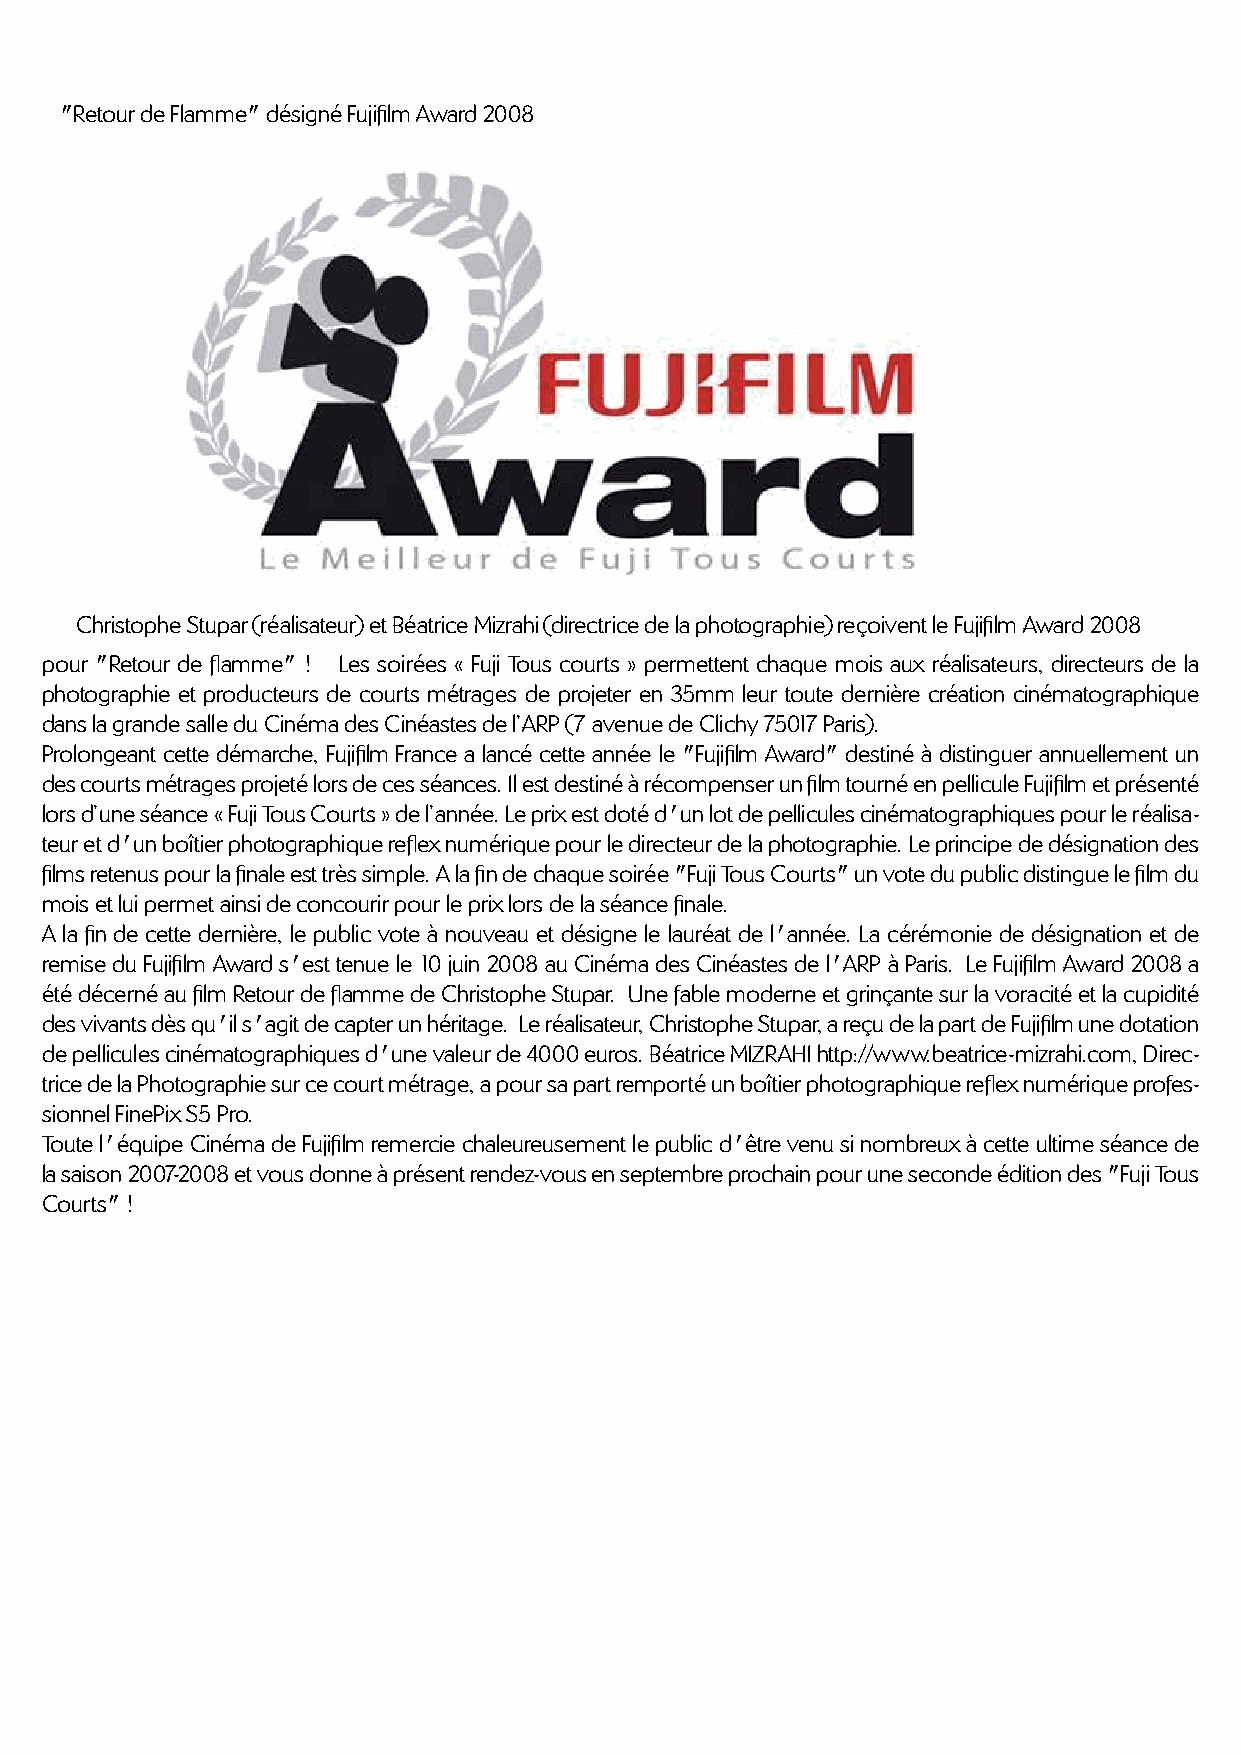
"Retour de Flamme" désigné Fujifilm Award 2008
 Christophe Stupar (réalisateur) et Béatrice Mizrahi (directrice de la photographie) reçoivent le Fujifilm Award 2008
 pour "Retour de flamme" ! Les soirées « Fuji Tous courts » permettent chaque mois aux réalisateurs, directeurs de la
 photographie et producteurs de courts métrages de projeter en 35mm leur toute dernière création cinématographique
 dans la grande salle du Cinéma des Cinéastes de l’ARP (7 avenue de Clichy 75017 Paris).
 Prolongeant cette démarche, Fujifilm France a lancé cette année le "Fujifilm Award" destiné à distinguer annuellement un
 des courts métrages projeté lors de ces séances. Il est destiné à récompenser un film tourné en pellicule Fujifilm et présenté
 lors d’une séance « Fuji Tous Courts » de l’année. Le prix est doté d'un lot de pellicules cinématographiques pour le réalisa-
 teur et d'un boîtier photographique reflex numérique pour le directeur de la photographie. Le principe de désignation des
 films retenus pour la finale est très simple. A la fin de chaque soirée "Fuji Tous Courts" un vote du public distingue le film du
 mois et lui permet ainsi de concourir pour le prix lors de la séance finale.
 A la fin de cette dernière, le public vote à nouveau et désigne le lauréat de l'année. La cérémonie de désignation et de
 remise du Fujifilm Award s'est tenue le 10 juin 2008 au Cinéma des Cinéastes de l'ARP à Paris. Le Fujifilm Award 2008 a
 été décerné au film Retour de flamme de Christophe Stupar. Une fable moderne et grinçante sur la voracité et la cupidité
 des vivants dès qu'il s'agit de capter un héritage. Le réalisateur, Christophe Stupar, a reçu de la part de Fujifilm une dotation
 de pellicules cinématographiques d'une valeur de 4000 euros. Béatrice MIZRAHI http://www.beatrice-mizrahi.com, Direc-
 trice de la Photographie sur ce court métrage, a pour sa part remporté un boîtier photographique reflex numérique profes-
 sionnel FinePix S5 Pro.
 Toute l'équipe Cinéma de Fujifilm remercie chaleureusement le public d'être venu si nombreux à cette ultime séance de
 la saison 2007-2008 et vous donne à présent rendez-vous en septembre prochain pour une seconde édition des "Fuji Tous
 Courts" !